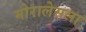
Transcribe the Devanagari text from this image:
मोरालेसला